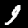
Digit: 9